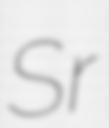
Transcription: Sr